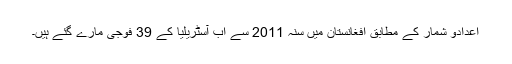
اعدادو شمار کے مطابق افغانستان میں سنہ 2011 سے اب آسٹریلیا کے 39 فوجی مارے گئے ہیں۔